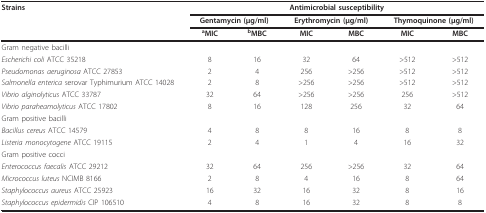
<table><thead><tr><td><b>Strains</b></td><td colspan="6"><b>Antimicrobial susceptibility</b></td></tr><tr><td></td><td colspan="2"><b>Gentamycin (μg/ml)</b></td><td colspan="2"><b>Erythromycin (μg/ml)</b></td><td colspan="2"><b>Thymoquinone (μg/ml)</b></td></tr><tr><td></td><td><b><sup>a</sup>MIC</b></td><td><b><sup>b</sup>MBC</b></td><td><b>MIC</b></td><td><b>MBC</b></td><td><b>MIC</b></td><td><b>MBC</b></td></tr></thead><tbody><tr><td colspan="7">Gram negative bacilli</td></tr><tr><td><i>Escherichi coli </i>ATCC 35218</td><td>8</td><td>16</td><td>32</td><td>64</td><td>&gt;512</td><td>&gt;512</td></tr><tr><td><i>Pseudomonas aeruginosa </i>ATCC 27853</td><td>2</td><td>4</td><td>256</td><td>&gt;256</td><td>&gt;512</td><td>&gt;512</td></tr><tr><td><i>Salmonella enterica </i>serovar Typhimurium ATCC 14028</td><td>2</td><td>8</td><td>&gt;256</td><td>&gt;256</td><td>&gt;512</td><td>&gt;512</td></tr><tr><td><i>Vibrio alginolyticus </i>ATCC 33787</td><td>32</td><td>64</td><td>&gt;256</td><td>&gt;256</td><td>256</td><td>&gt;512</td></tr><tr><td><i>Vibrio paraheamolyticus </i>ATCC 17802</td><td>8</td><td>16</td><td>128</td><td>256</td><td>32</td><td>64</td></tr><tr><td colspan="7">Gram positive bacilli</td></tr><tr><td><i>Bacillus cereus </i>ATCC 14579</td><td>4</td><td>8</td><td>8</td><td>16</td><td>8</td><td>8</td></tr><tr><td><i>Listeria monocytogene </i>ATCC 19115</td><td>2</td><td>4</td><td>1</td><td>4</td><td>16</td><td>32</td></tr><tr><td colspan="7">Gram positive cocci</td></tr><tr><td><i>Enterococcus faecalis </i>ATCC 29212</td><td>32</td><td>64</td><td>256</td><td>&gt;256</td><td>32</td><td>64</td></tr><tr><td><i>Micrococcus luteus </i>NCIMB 8166</td><td>2</td><td>8</td><td>4</td><td>16</td><td>8</td><td>64</td></tr><tr><td><i>Staphylococcus aureus </i>ATCC 25923</td><td>16</td><td>32</td><td>16</td><td>32</td><td>8</td><td>16</td></tr><tr><td><i>Staphylococcus epidermidis </i>CIP 106510</td><td>4</td><td>8</td><td>16</td><td>32</td><td>8</td><td>8</td></tr></tbody></table>